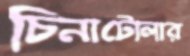
চিনাটোলার